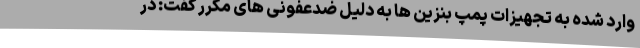
وارد شده به تجهیزات پمپ بنزین ها به دلیل ضدعفونی های مکرر گفت: در